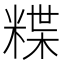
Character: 𥻈